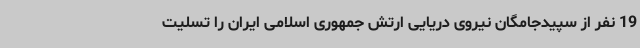
19 نفر از سپیدجامگان نیروی دریایی ارتش جمهوری اسلامی ایران را تسلیت